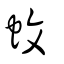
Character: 螡